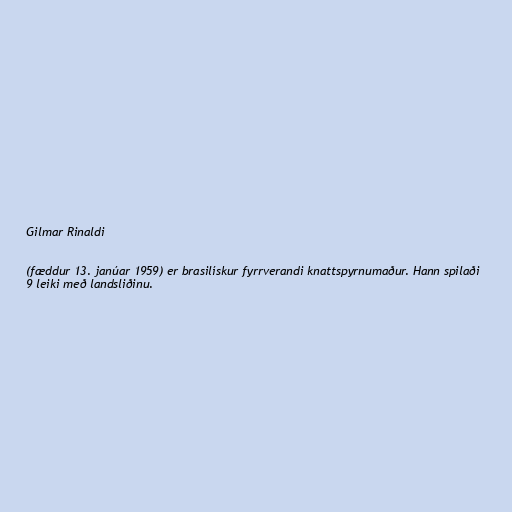
Gilmar Rinaldi

(fæddur 13. janúar 1959) er brasilískur fyrrverandi knattspyrnumaður. Hann spilaði
9 leiki með landsliðinu.